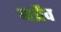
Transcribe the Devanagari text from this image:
यत्रैव